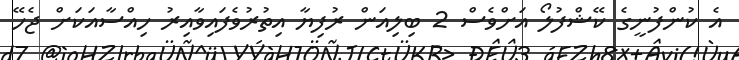
އެ ކުންފުނީގެ ކޭޝްފުލޯ އަށްވެސް 2 ބިލިއަން ރުފިޔާ އިތުރުވެފައިވާއިރު ހިއްސާއަކަށް ޖެހޭ